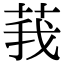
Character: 莪